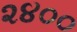
૨૪૦૦